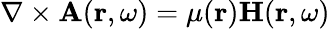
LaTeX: \nabla\times{\mathbf A}({\mathbf r},\omega)=\mu({\mathbf r}){\mathbf H}({\mathbf r},\omega)